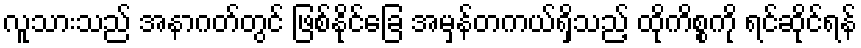
လူသားသည် အနာဂတ်တွင် ဖြစ်နိုင်ခြေ အမှန်တကယ်ရှိသည့် ထိုကိစ္စကို ရင်ဆိုင်ရန်